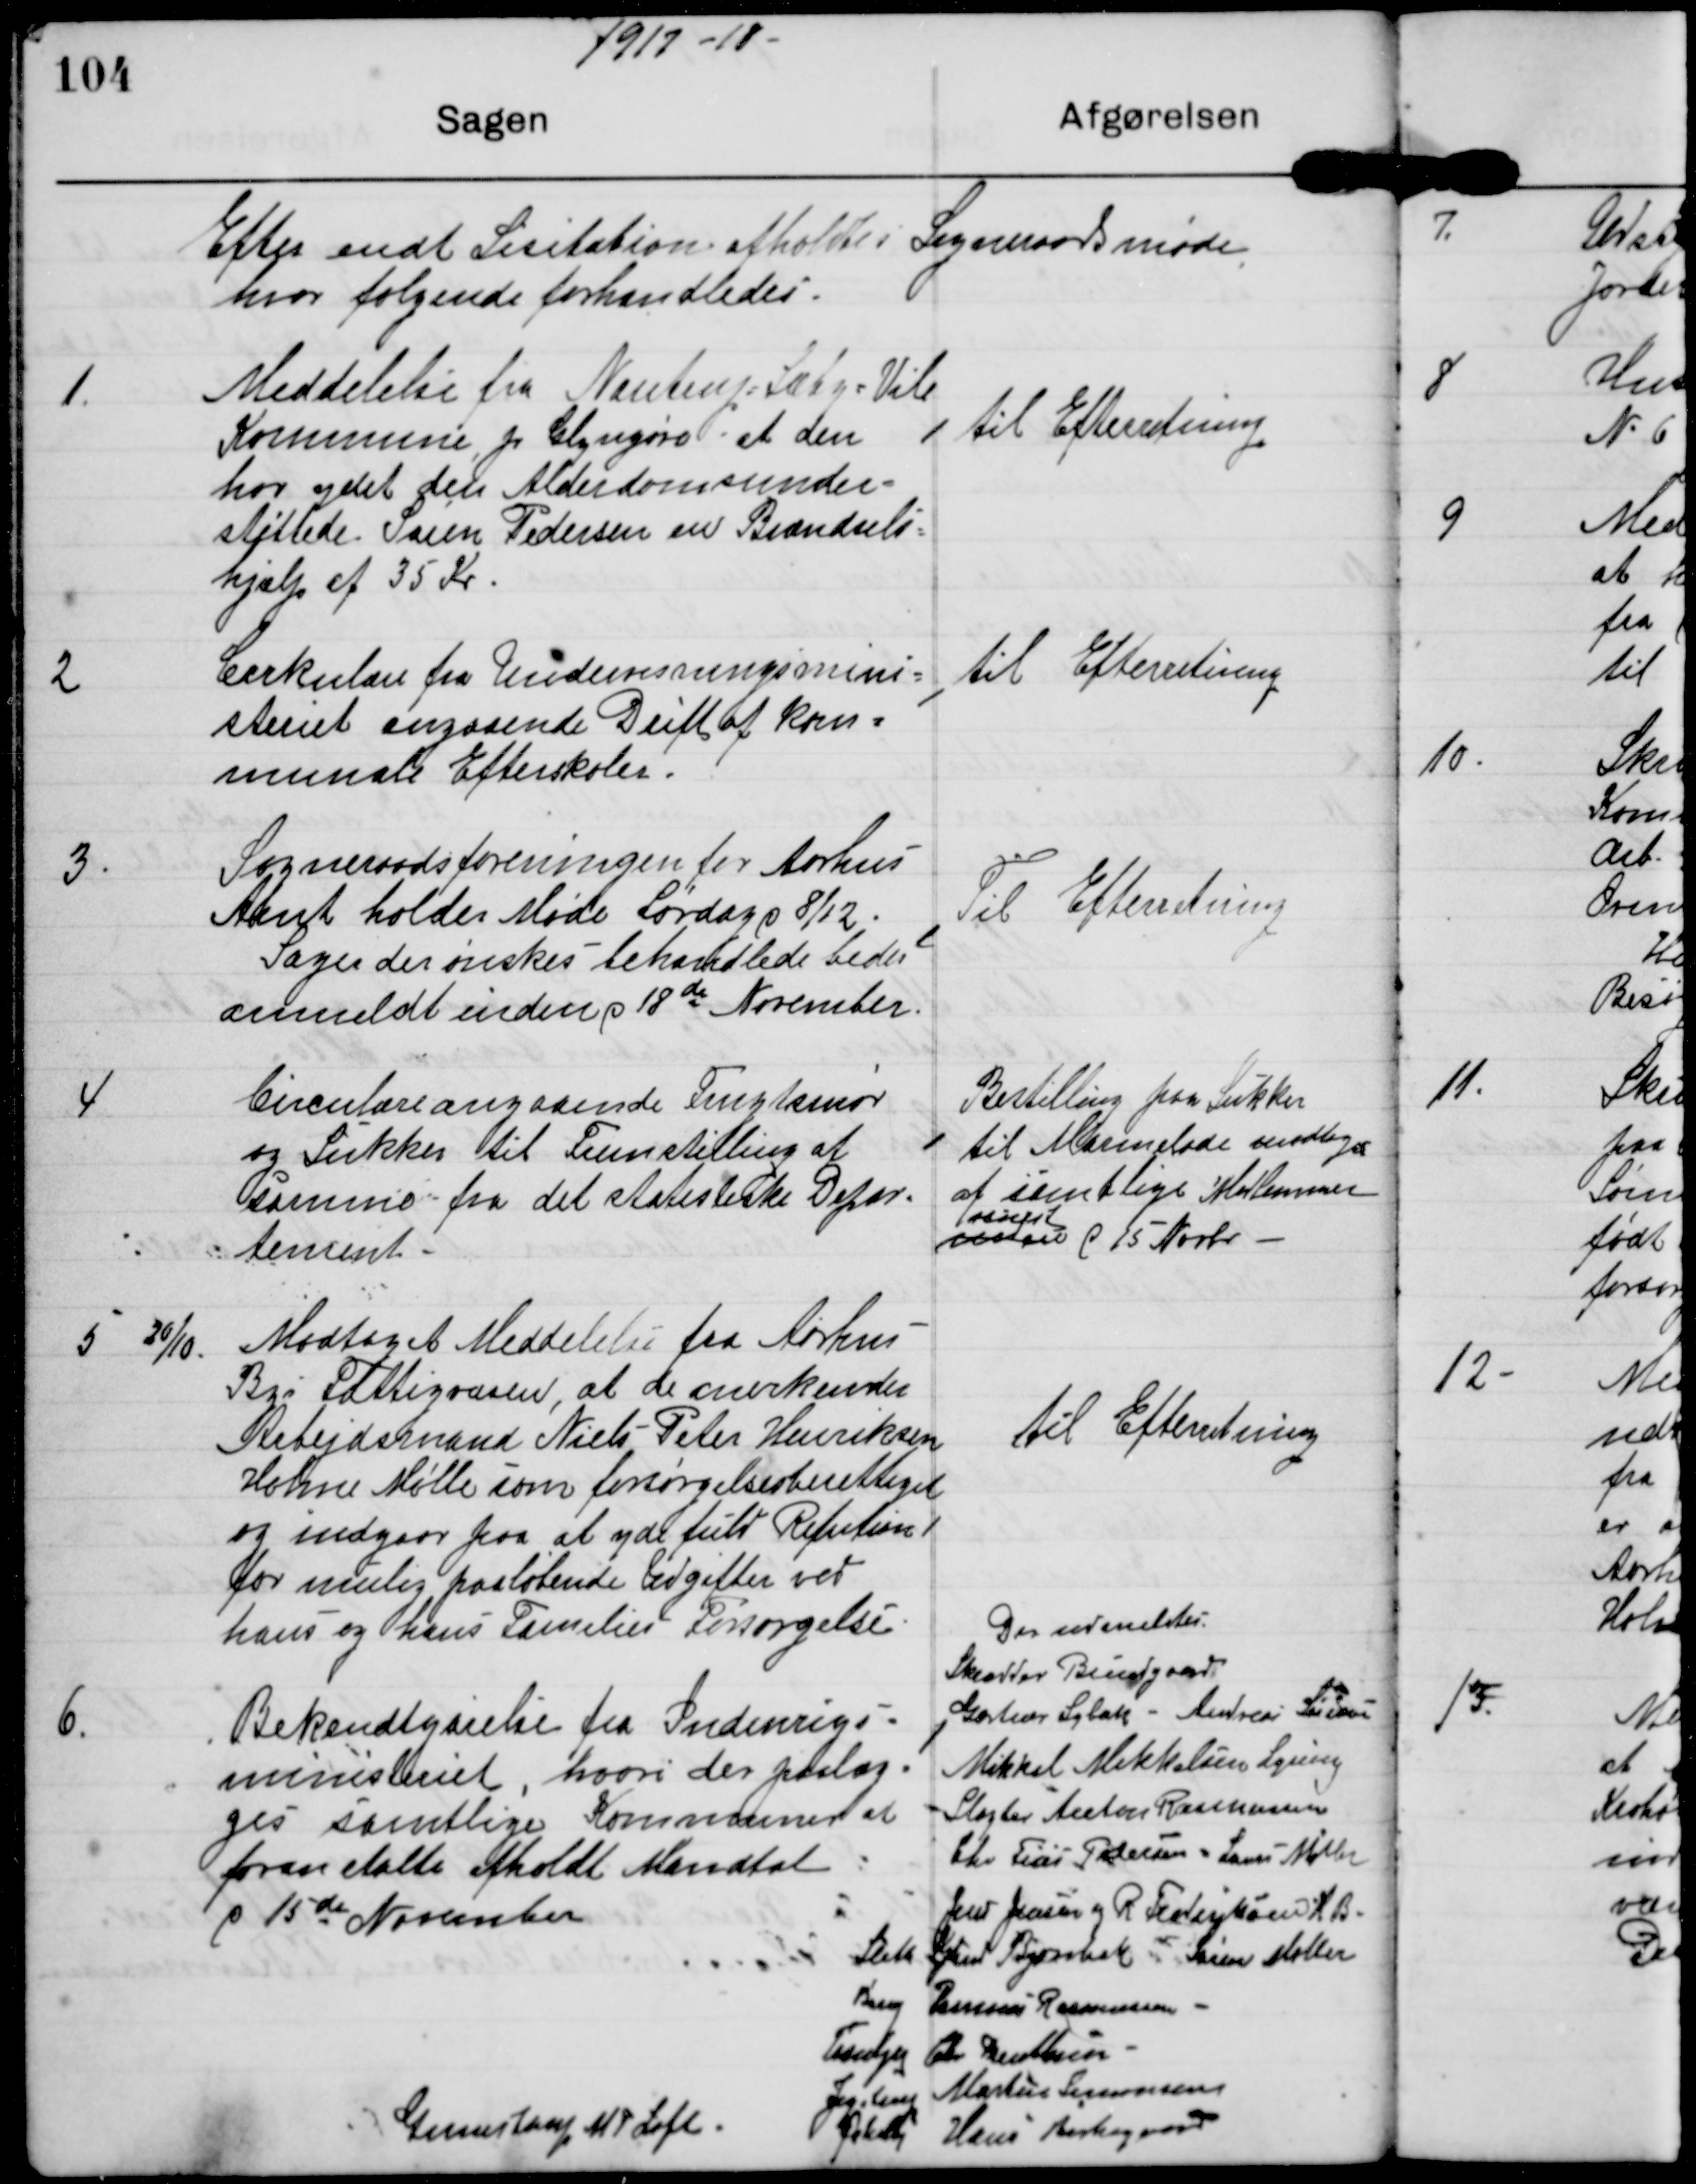
Transskription:
1917-18

Efter endt Lisitation afholdtes Sogneraadsmøde
hvor følgende forhandledes.

1

Meddelelse fra Nautrup-Sæby-Vile
Kommune pr Glyngøre at den
har ydet den Alderdomsunder-
støttede Søren Pedersen en Brændsels-
hjælp af 35 Kr.

til Efterretning

2

Cirkulære fra Undervisningsmini-
steriet angaaende Drift af Kom-
munale Efterskoler.

til Efterretning

3.

Sogneraadsforeningen for Aarhus
Amt holder Møde Lørdag d 8/12.
Sager der ønskes behandlede bedes
anmeldt inden d 18de November.

Til Efterretning

4

Circulære angaaende Frugtsmør
og Sukker til Fremstilling af
samme fra det statistiske Depar-
tement.

Bestilling paa Sukker
til Marmelade modtages
af samtlige Medlemmer
senest
inden d 15. Novbr

5

20/10 Modtaget Meddelelse fra Aarhus
Bys Fattigvæsen, at de anerkender
Arbejdsmand Niels-Peter Henriksen
Holme Mølle som forsørgelsesberettiget
og indgaar paa at yde fyld Refusion
for mulig paaløbende Udgifter ved
hans og hans Families Forsørgelse.

til Efterretning

6.

Bekendtgørelse fra Indenrigs-
ministeriet, hvori der paalæg-
ges samtlige Kommuner at
foranstalte afholdt Mandtal
d 15de November.

Der udmeldes
Skrædder Bundgaard
Gartner Sybak - Andreas Sørensen
Mikkel Mikkelsen Lyseng
Slagter Anton Rasmussen
Chr Friis Pedersen - Laur Møller
Jens Jensen og R Frederiksen KB
Sleth Knud Bjørnbak - Søren Møller
? Rasmus Rasmussen
Tranbjerg Chr. ?
Jegstrup Martin Simonsen
Gunnestrup M P Loft
Jelshøj Hans Birkegaard